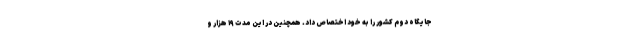
جایگاه دوم کشور را به خود اختصاص داد. همچنین در این مدت ۱۹ هزار و